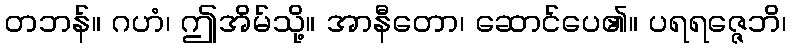
တဘန်။ ဂဟံ၊ ဤအိမ်သို့။ အာနီတော၊ ဆောင်ပေ၏။ ပရရဇ္ဇေဘိ၊